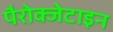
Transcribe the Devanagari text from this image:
पैरोक्जेटाइन